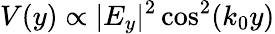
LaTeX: V(y)\propto|E_{y}|^{2}\cos^{2}(k_{0}y)